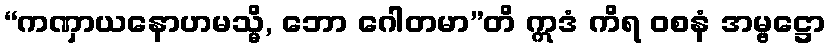
“ကဏှာယနောဟမသ္မိ, ဘော ဂေါတမာ”တိ ဣဒံ ကိရ ဝစနံ အမ္ဗဋ္ဌော